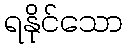
ရနိုင်သော